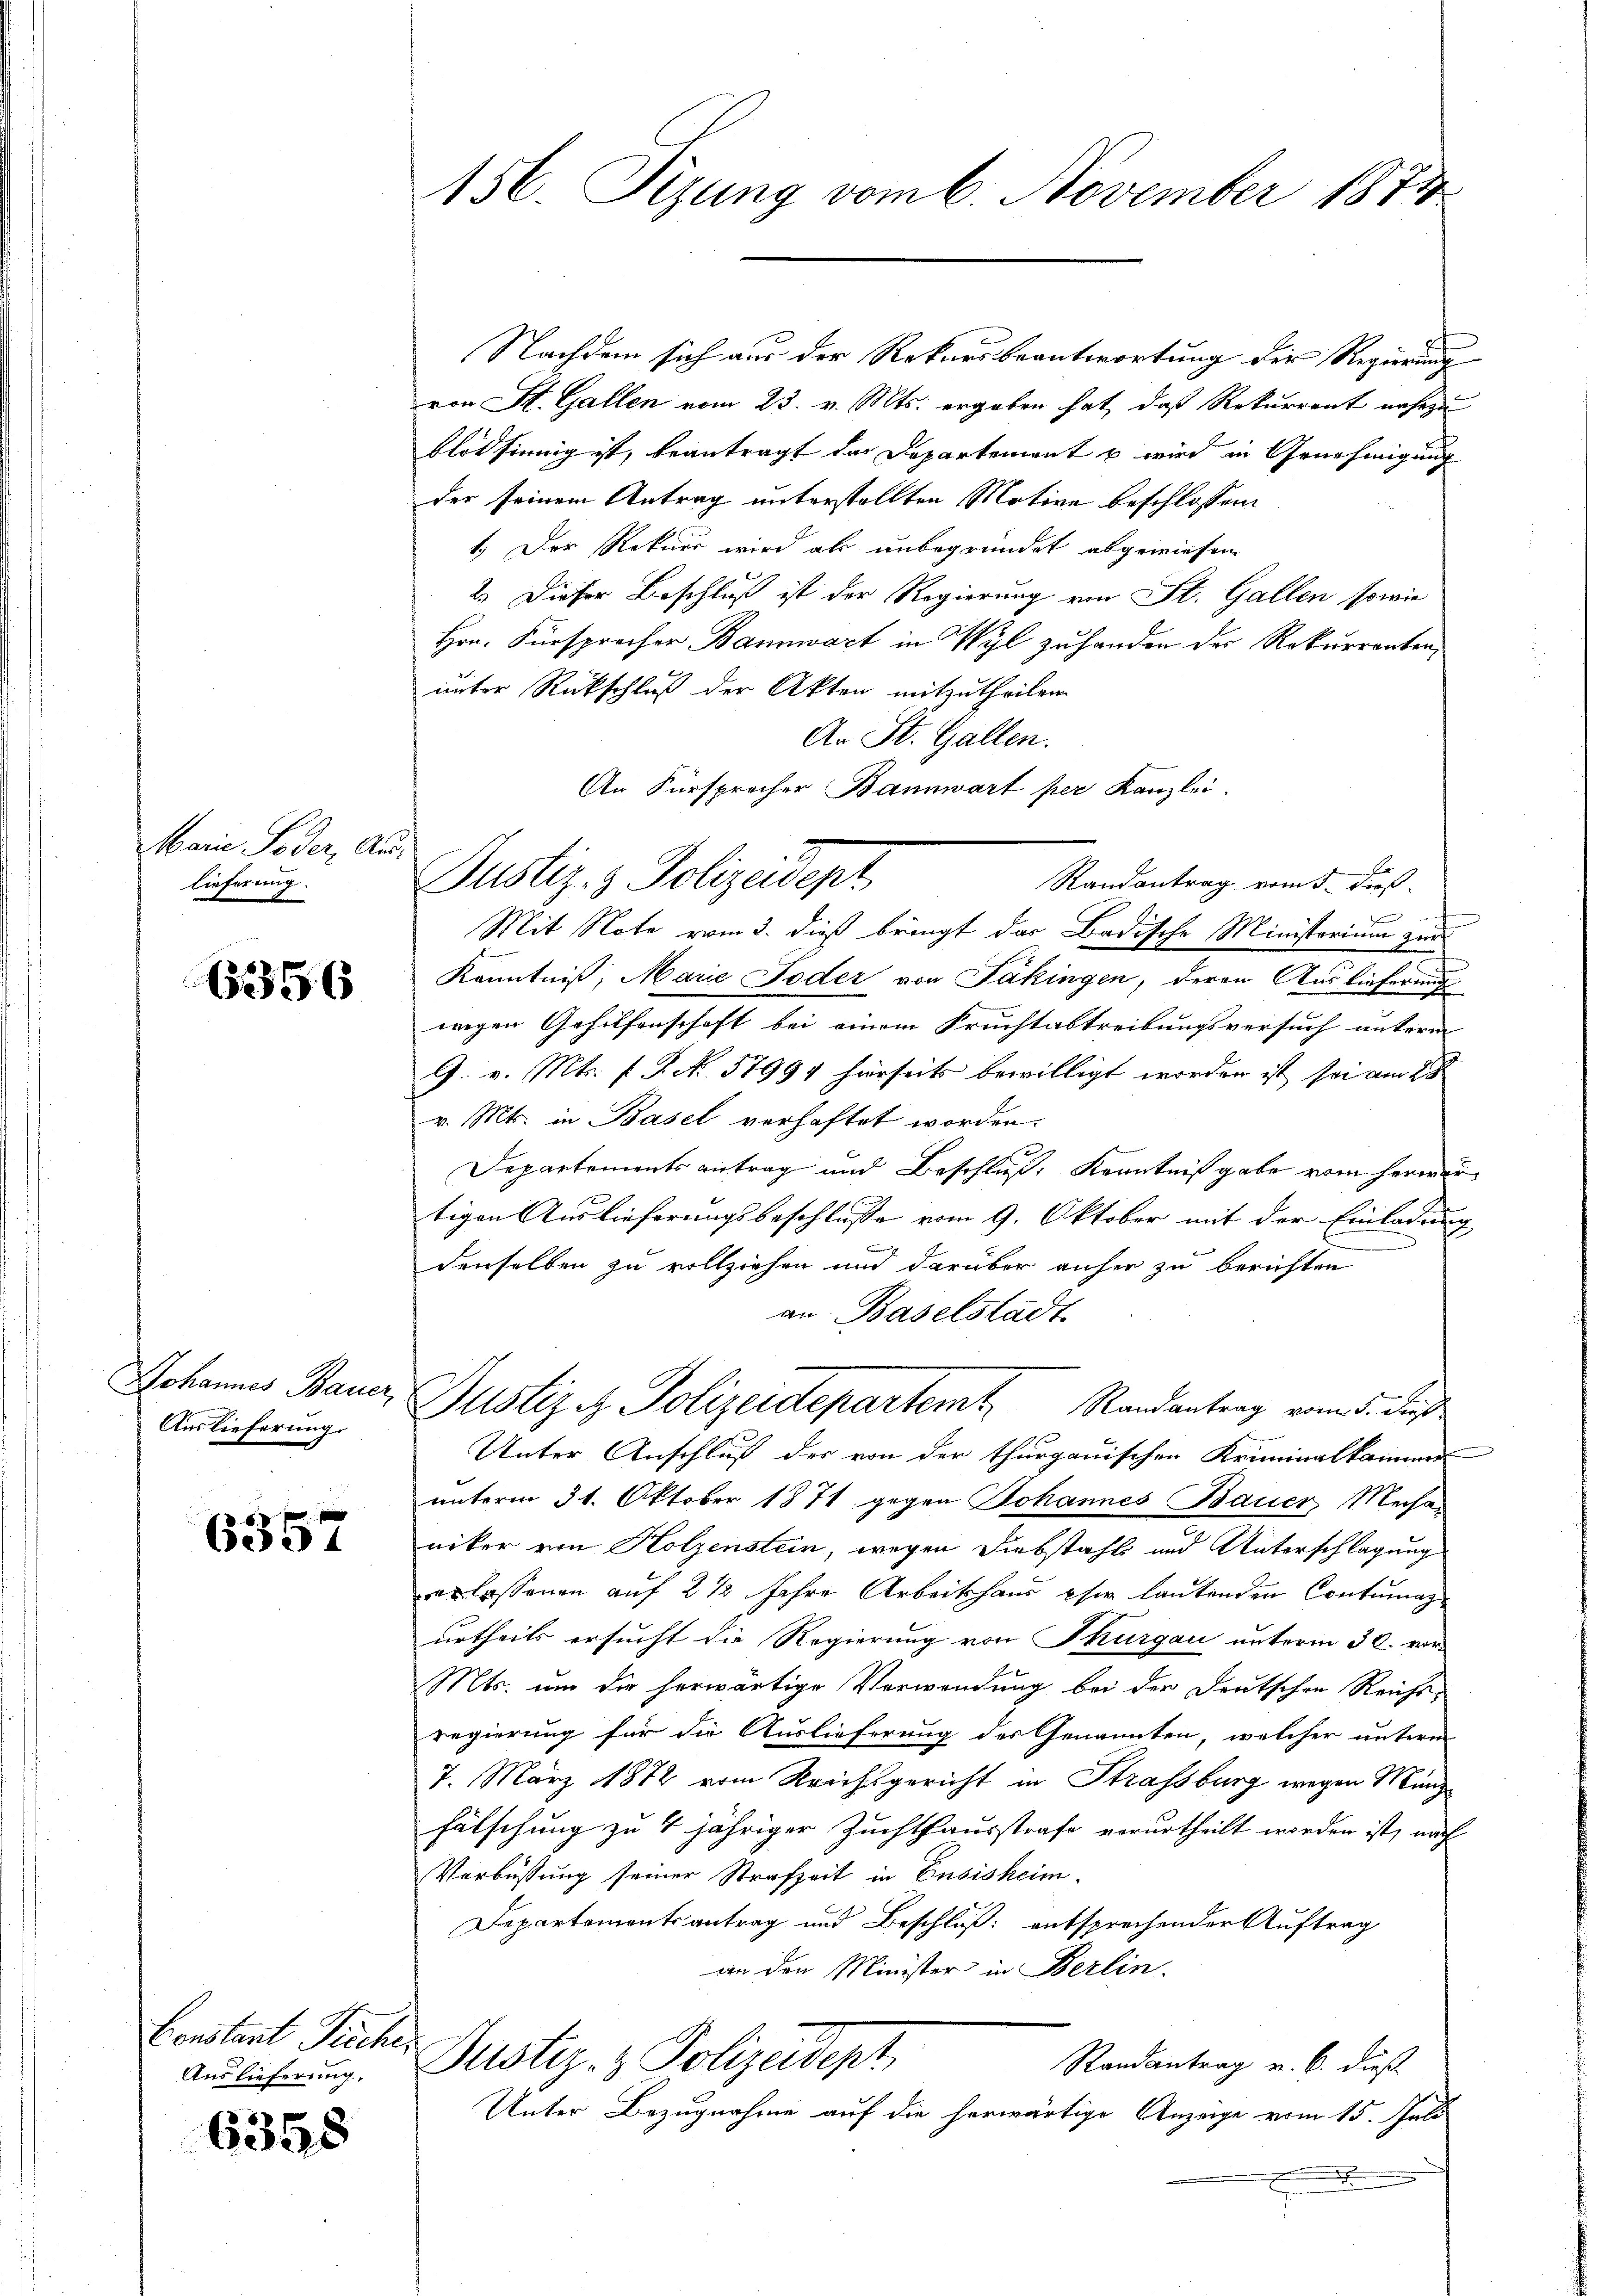
Marie Soder, Anlieferung.

6356

Johannes Bauer,
Auslieferung.

6357

Constant Pieche,
Auslieferung.

6358

156. Sizung vom 6. November 1874

Nachdem sich aus der Rekursbeantwortung der Regierung
von St. Gallen vom 23. v. Mts. ergaben hat, daß Rekurrent nahezu
blot sinnig ist, beantragt das Departement b wird in Genehmigung
der seinem Antrag unterstellten Motive beschlossen:
1.) Der Rekurs wird als unbegründet abgewiesen
2. Dieser Beschluß ist der Regierung von St. Gallen sowie
Hrn. Fürsprecher Bannwart in Wyl zu handen des Rekurrenten,
unter Rückschluß der Akten mitzutheilen.
An St. Gallen.
An Fürsprocher Bannwart per Kanzlei.
f
Randantrag vom 5. dieß
e
Mit Note vom 3. dieß bringt der Badische Ministorium zur
Kenntniß, Marie Toder von Säkingen, deren Auslieferung
wegen Gehilfenschaft bei einem Fruchtabtreibungsversuch unterm
G. v. Mts. f. P. No. 57991 hierseits bewilligt worden ist sei am 28
v. Mts. in Basel verhaftet worden.
Departements antrag und Beschluß: Kenntnißgabe vom Herre
tigen Auslieferungsbeschlusse vom 9. Oktober mit der Einladung
denselben zu vollziehen und darüber anher zu berichten
an Baselstadt
Justiz - Polizeidepartemt Randantrag vom 5. des
Unter Anschluß des von der thurgauischen Kriminalkammer
unterm 31. Oktober 1871 gegen Johannes Bauer, Mechaniker von Holzenstein, wegen Diebstahls und Unterschlagung
erlassenen auf 2 1/2 Jahre Arbeitshaus eher lautenden Contumazurtheils ersucht die Regierung von Thurgau unterm 30. vor
Mts. um die herwärtige Verwendung bei der Deutschen Reichsregierung für die Auslieferung des Genannten, welcher untern
7. März 1872 vom Reichsgericht in Strassburg wegen Münzfälschung zu 4 jähriger Zuchthausstrafe verurtheilt worden ist, nach
Verbüssung seiner Strafzeit in Eusisheim.
Departementsantrag und Beschluß: entsprochender Auftrag
an den Minister in Berlin.
Dustiz- & Polizeidept
Randantrag u. 6. dieß
Unter Bezugnahme auf die herwärtige Anzeige vom 15. Juli
F

Justiz- & Polizeisept